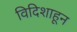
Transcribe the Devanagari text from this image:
विदिशाहून